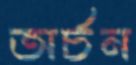
অর্চন